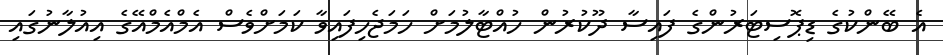
އެ ބޭންކުގެ ޑިޕޮސިޓަރުންގެ ފައިސާ ދޫކުރުން ހުއްޓާލުމަށް ހަމަޖެހިފައިވާ ކަމަށްވެސް އެމްއެމްއޭގެ އިއުލާނުގައި